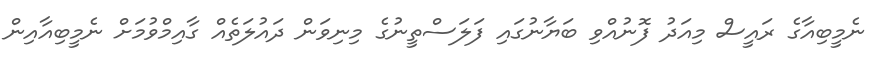
ނެމީބިއާގެ ރައީސް މިއަދު ފޮނުއްވި ބަޔާނުގައި ފަލަސްތީނުގެ މިނިވަން ދައުލަތެއް ގާއިމްވުމަށް ނެމީބިއާއިން